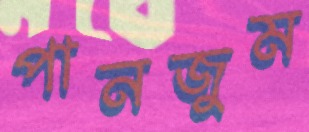
পানজুম